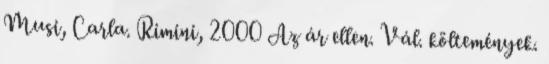
Musi, Carla. Rimini, 2000 Az ár ellen. Vál. költemények.